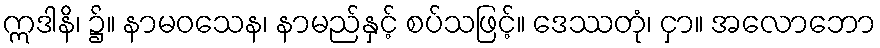
ဣဒါနိ၊ ၌။ နာမဝသေန၊ နာမည်နှင့် စပ်သဖြင့်။ ဒေဿတုံ၊ ငှာ။ အလောဘော